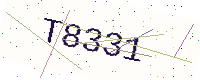
Text: T8331